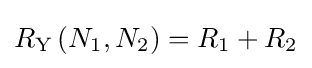
R_{\text{Y}}\left(N_{1},N_{2}\right)=R_{1}+R_{2}